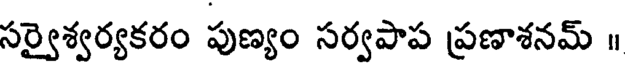
సర్వైశ్వర్యకరం పుణ్యం సర్వపాప ప్రణాశనమ్ ॥